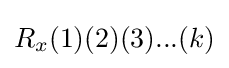
R_{x}(1)(2)(3)...(k)